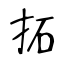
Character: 柘